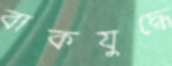
বাকযুদ্ধে